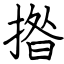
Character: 揝